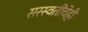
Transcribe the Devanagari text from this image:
सरस्वतींचेही